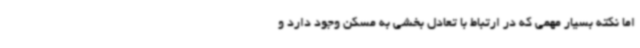
اما نکته بسیار مهمی که در ارتباط با تعادل بخشی به مسکن وجود دارد و